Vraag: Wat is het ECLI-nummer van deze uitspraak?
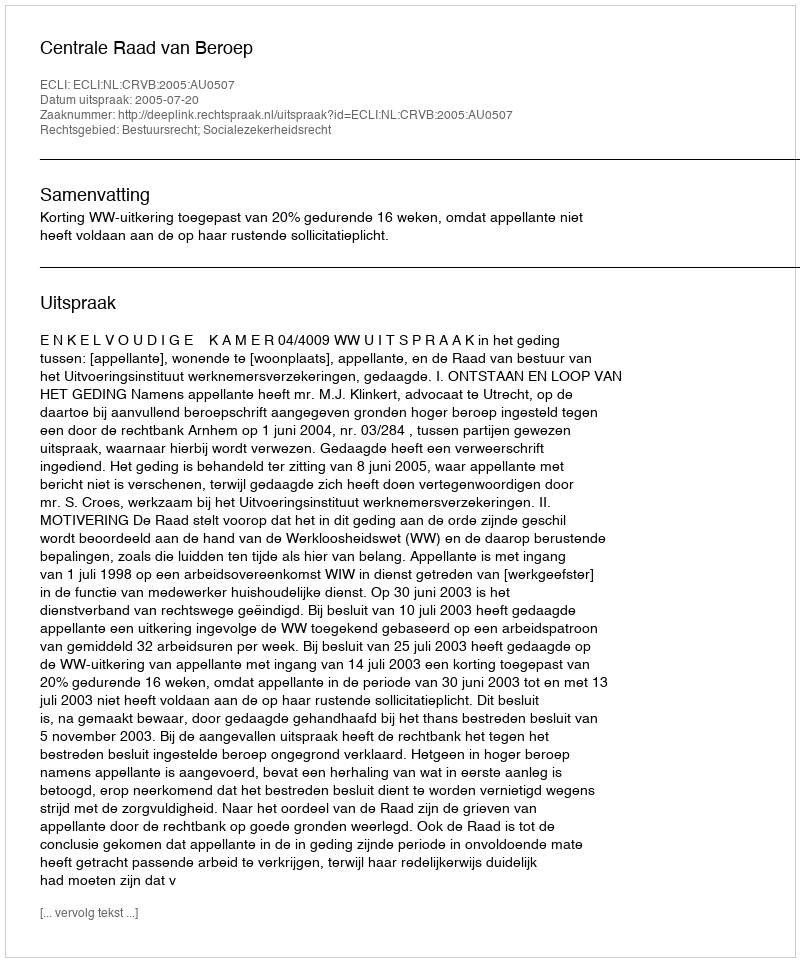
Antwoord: ECLI:NL:CRVB:2005:AU0507